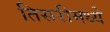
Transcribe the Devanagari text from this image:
तिसरीमध्ये